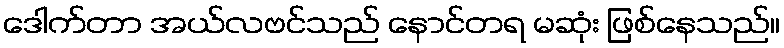
ဒေါက်တာ အယ်လဗင်သည် နောင်တရ မဆုံး ဖြစ်နေသည်။